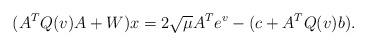
LaTeX: \begin{align*} (A^T Q(v) A + W) x = 2\sqrt \mu A^{T} e^v -(c+ A^{T}Q(v)b).\end{align*}